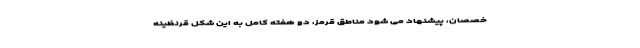
خصصان، پیشنهاد می شود مناطق قرمز، دو هفته کامل به این شکل قرنظینه